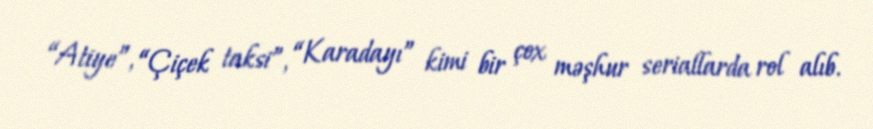
“Atiye”, “Çiçek taksi”, “Karadayı” kimi bir çox məşhur seriallarda rol alıb.